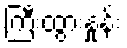
ကြီးထွားနှုန်း